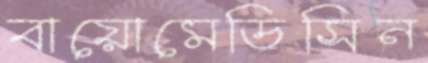
বায়োমেডিসিন